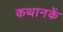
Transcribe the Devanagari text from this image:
कथानकें